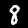
Digit: 8